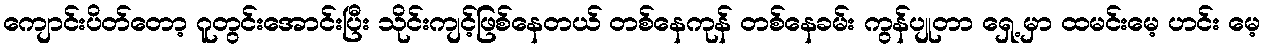
ကျောင်းပိတ်တော့ ဂူတွင်းအောင်းပြီး သိုင်းကျင့်ဖြစ်နေတယ် တစ်နေကုန် တစ်နေခမ်း ကွန်ပျုတာ ရှေ့ မှာ ထမင်းမေ့ ဟင်း မေ့